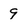
Character: 9